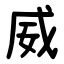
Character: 威